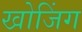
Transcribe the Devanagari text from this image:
खोजिंग